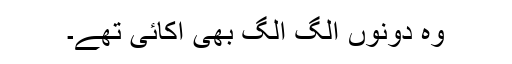
وہ دونوں الگ الگ بھی اکائی تھے۔